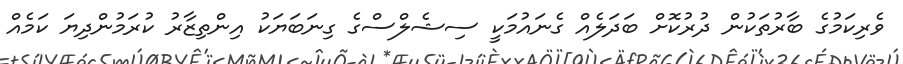
ވެރިކަމުގެ ބާރުތަކުން ދުރުކޮށް ބަދަލެއް ގެނައުމަކީ ސިޝެލްސްގެ ގިނަބަޔަކު އިންތިޒާރު ކުރަމުންދިޔަ ކަމެއް